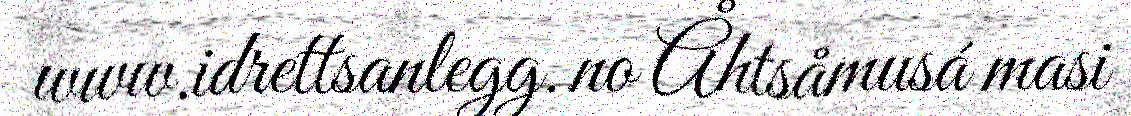
www.idrettsanlegg.no Åhtsåmusá masi